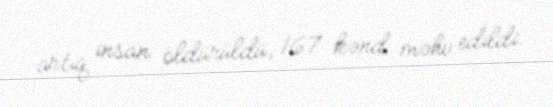
artıq insan öldürüldü, 167 kənd məhv edildi.